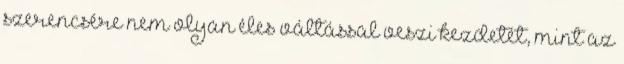
szerencsére nem olyan éles váltással veszi kezdetét, mint az